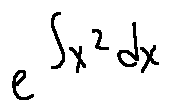
e ^ { \int x ^ { 2 } d x }